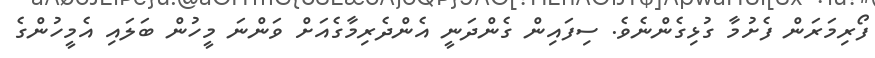
ފޯރިމަރަން ފެށުމާ ގުޅިގެންނެވެ. ސިފައިން ގެންދަނީ އެންދެރިމާގެއަށް ވަންނަ މީހުން ބަލައި އެމީހުންގެ